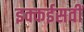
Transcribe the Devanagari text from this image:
इक्कईसवीं